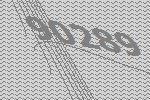
90289